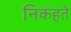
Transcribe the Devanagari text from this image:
निकहते